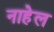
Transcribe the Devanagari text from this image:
नाहेल